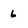
Character: 6